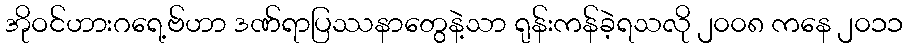
အိုဝင်ဟားဂရေ့ဗ်ဟာ ဒဏ်ရာပြဿနာတွေနဲ့သာ ရုန်းကန်ခဲ့ရသလို ၂၀၀၈ ကနေ ၂၀၁၁